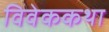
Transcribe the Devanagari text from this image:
विवेककथा